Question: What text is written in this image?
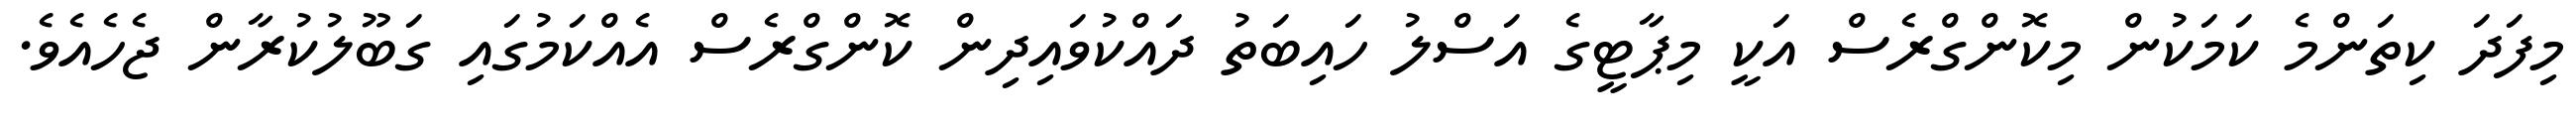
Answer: މިފަދަ ކިތަންމެ ކަމަކުން މިކޮންގްރެސް އަކީ މިޕާޓީގެ އަސްލު ހައިބަތު ދައްކުވައިދިން ކޮންގްރެސް އެއްކަމުގައި ގަބޫލުކުރާން ޖެހެއެވެ.